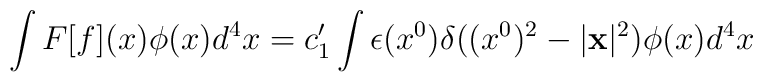
\int F[f](x) \phi (x) d^{4}x =c_{1}^{\prime } \int \epsilon (x^{0}) \delta ((x^{0})^{2} - |{\bf x}|^{2}) \phi (x) d^{4}x